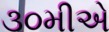
૩૦મીએ